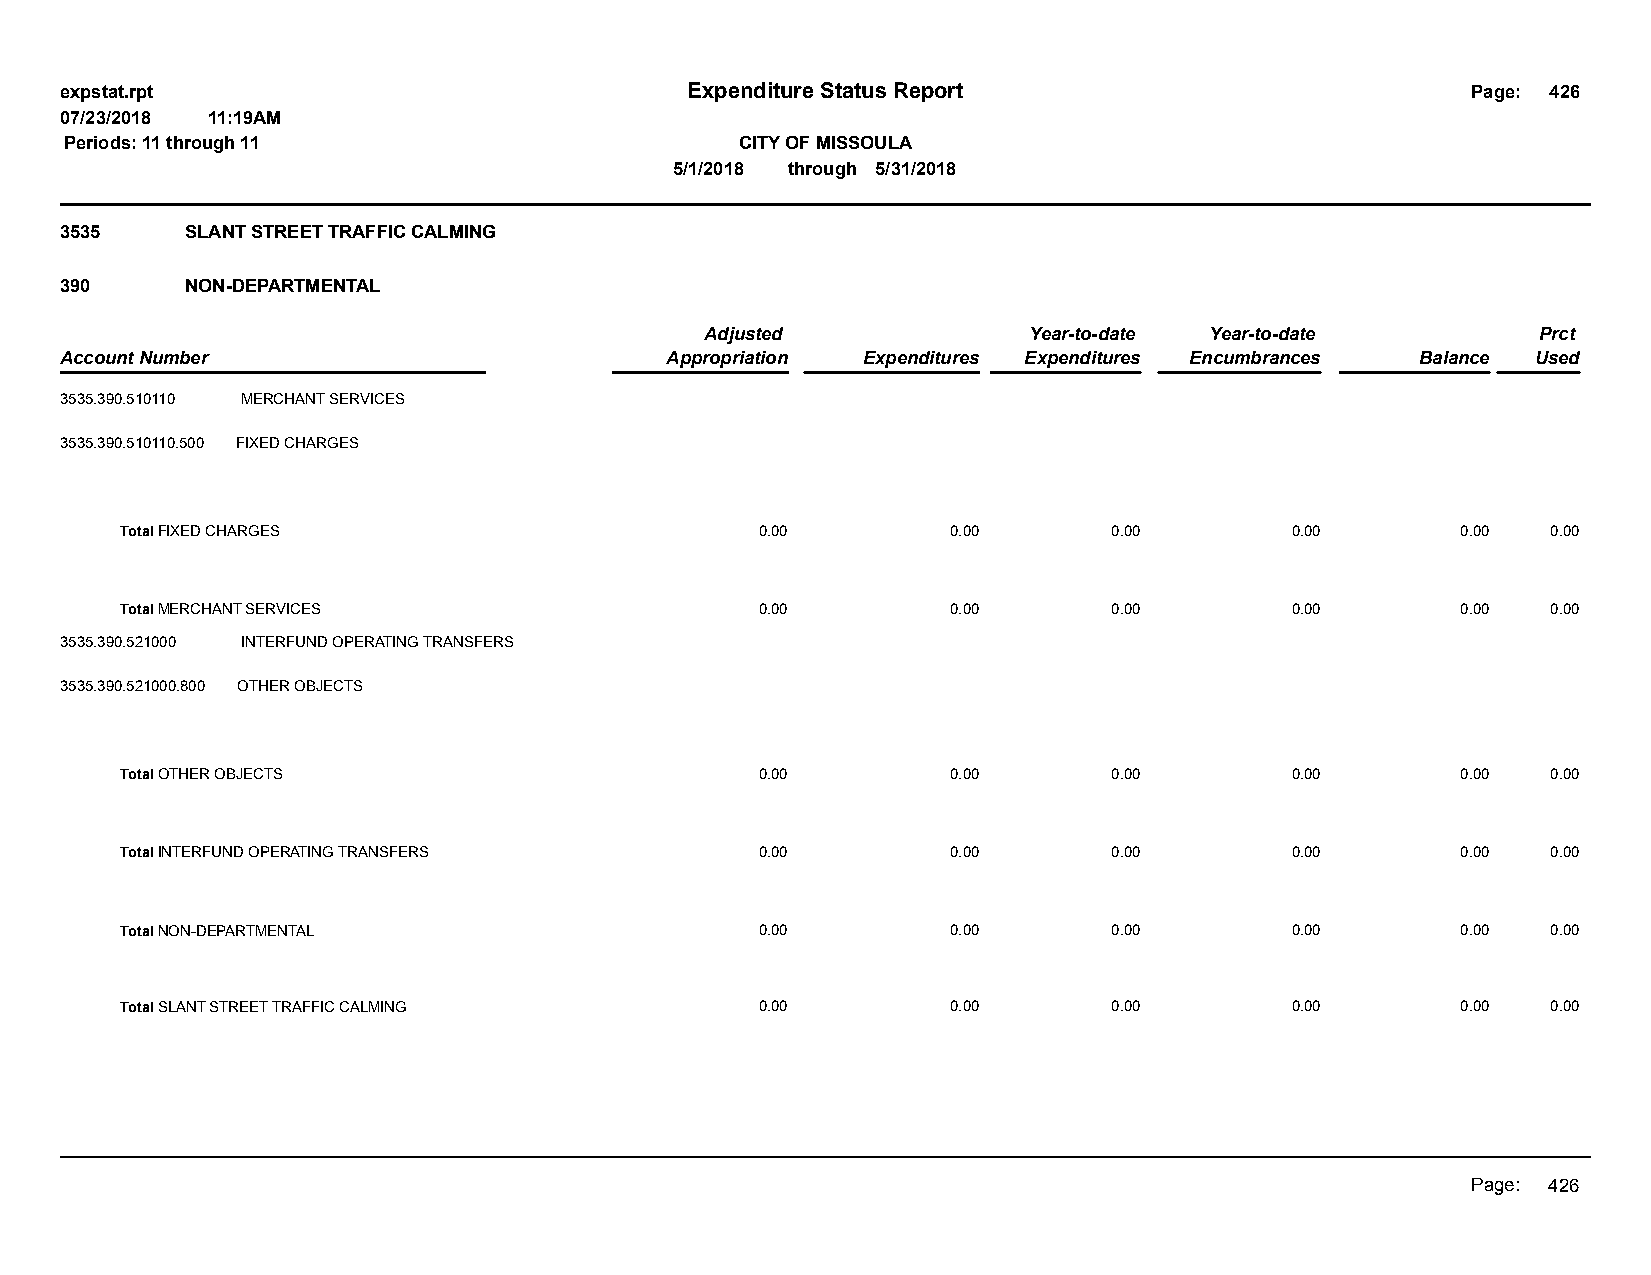
expstat.rpt                              Expenditure Status Report                           Page: 426
 07/23/2018 11:19AM
 Periods: 11 through 11                       CITY OF MISSOULA
 5/1/2018 through 5/31/2018
 3535    SLANT STREET TRAFFIC CALMING
 390     NON-DEPARTMENTAL
 Adjusted             Year-to-date Year-to-date         Prct
 Account Number                          Appropriation Expenditures Expenditures Encumbrances Balance Used
 3535.390.510110 MERCHANT SERVICES
 3535.390.510110.500 FIXED CHARGES
 Total FIXED CHARGES                       0.00         0.00       0.00       0.00        0.00  0.00
 Total MERCHANT SERVICES                   0.00         0.00       0.00       0.00        0.00  0.00
 3535.390.521000 INTERFUND OPERATING TRANSFERS
 3535.390.521000.800 OTHER OBJECTS
 Total OTHER OBJECTS                       0.00         0.00       0.00       0.00        0.00  0.00
 Total INTERFUND OPERATING TRANSFERS       0.00         0.00       0.00       0.00        0.00  0.00
 Total NON-DEPARTMENTAL                    0.00         0.00       0.00       0.00        0.00  0.00
 Total SLANT STREET TRAFFIC CALMING        0.00         0.00       0.00       0.00        0.00  0.00
 Page: 426